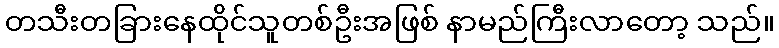
တသီးတခြားနေထိုင်သူတစ်ဦးအဖြစ် နာမည်ကြီးလာတော့ သည်။